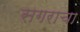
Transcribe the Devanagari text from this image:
सगराचा